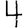
Digit: 4